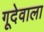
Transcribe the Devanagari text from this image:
गूदेवाला